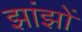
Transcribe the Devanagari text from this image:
झांझों